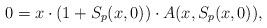
LaTeX: \begin{align*}0 = x\cdot (1+S_p(x,0)) \cdot A(x,S_p(x,0)),\end{align*}